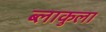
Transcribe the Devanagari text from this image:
ब्लाकुला